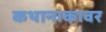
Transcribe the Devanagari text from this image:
कथानाकावर